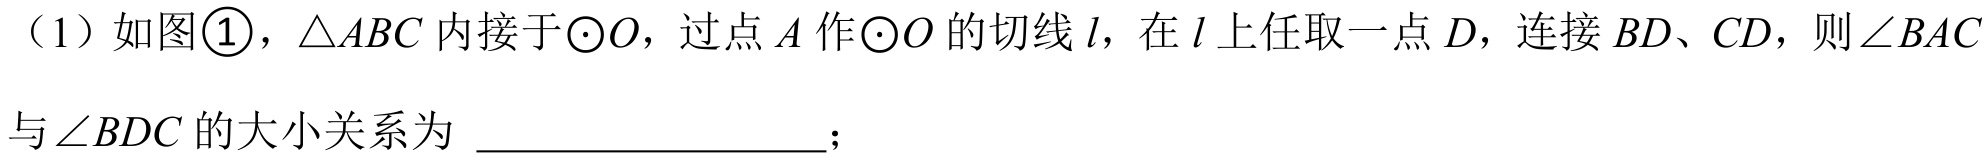
（1）如图\textcircled{1}，\(\triangle ABC\)内接于\(\odot O\)，过点\(A\)作\(\odot O\)的切线\(l\)，在\(l\)上任取一点\(D\)，连接\(BD\)、\(CD\)，则\(\angle BAC\)
与\(\angle BDC\)的大小关系为  ；